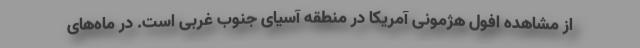
از مشاهده افول هژمونی آمریکا در منطقه آسیای جنوب غربی است. در ماه‌های